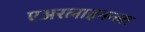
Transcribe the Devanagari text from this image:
एअरलाइनन्ला